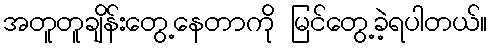
အတူတူချိန်းတွေ့နေတာကို မြင်တွေ့ခဲ့ရပါတယ်။